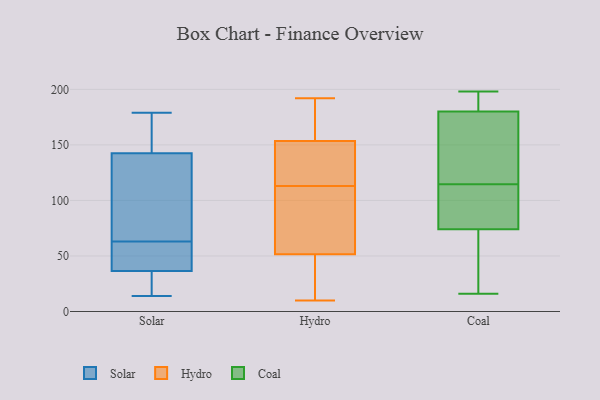
{"axis": {"x": "Waste Production (Tons)", "y": "Value"}, "legend": ["Coal", "Hydro", "Solar"], "data": [{"x": "", "y": 135, "type": "Solar"}, {"x": "", "y": 63, "type": "Solar"}, {"x": "", "y": 68, "type": "Solar"}, {"x": "", "y": 149, "type": "Solar"}, {"x": "", "y": 29, "type": "Solar"}, {"x": "", "y": 36, "type": "Solar"}, {"x": "", "y": 14, "type": "Solar"}, {"x": "", "y": 38, "type": "Solar"}, {"x": "", "y": 179, "type": "Solar"}, {"x": "", "y": 55, "type": "Solar"}, {"x": "", "y": 145, "type": "Solar"}, {"x": "", "y": 55, "type": "Hydro"}, {"x": "", "y": 10, "type": "Hydro"}, {"x": "", "y": 113, "type": "Hydro"}, {"x": "", "y": 75, "type": "Hydro"}, {"x": "", "y": 30, "type": "Hydro"}, {"x": "", "y": 152, "type": "Hydro"}, {"x": "", "y": 94, "type": "Hydro"}, {"x": "", "y": 185, "type": "Hydro"}, {"x": "", "y": 158, "type": "Hydro"}, {"x": "", "y": 117, "type": "Hydro"}, {"x": "", "y": 41, "type": "Hydro"}, {"x": "", "y": 151, "type": "Hydro"}, {"x": "", "y": 192, "type": "Hydro"}, {"x": "", "y": 185, "type": "Coal"}, {"x": "", "y": 24, "type": "Coal"}, {"x": "", "y": 159, "type": "Coal"}, {"x": "", "y": 185, "type": "Coal"}, {"x": "", "y": 94, "type": "Coal"}, {"x": "", "y": 135, "type": "Coal"}, {"x": "", "y": 139, "type": "Coal"}, {"x": "", "y": 89, "type": "Coal"}, {"x": "", "y": 74, "type": "Coal"}, {"x": "", "y": 198, "type": "Coal"}, {"x": "", "y": 92, "type": "Coal"}, {"x": "", "y": 33, "type": "Coal"}, {"x": "", "y": 180, "type": "Coal"}, {"x": "", "y": 16, "type": "Coal"}]}